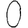
Digit: 0